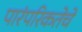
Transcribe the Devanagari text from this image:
पारंपरिकतेचे